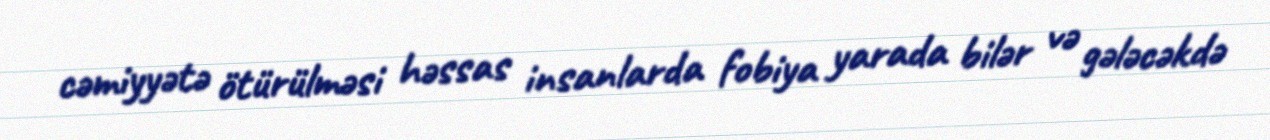
cəmiyyətə ötürülməsi həssas insanlarda fobiya yarada bilər və gələcəkdə